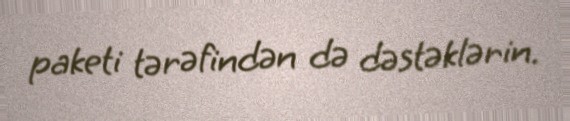
paketi tərəfindən də dəstəklərin.